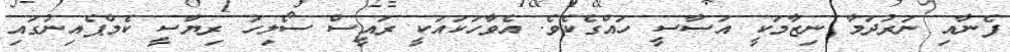
ފެނާއި ނަރުދަމާ ނިޒާމަކީ އަސާސީ ހައްގެކެވެ. އެވާހަކައަކީ ރައީސް ސޯލިހު ރިޔާސީ ކެމްޕެއިނުގައި